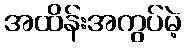
အထိန်းအကွပ်မဲ့